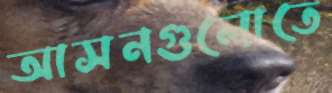
আসনগুলোতে